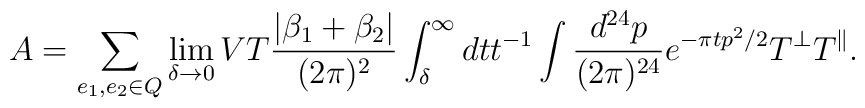
A=\sum_{e_1,e_2\in Q} \lim_{\delta\rightarrow 0}VT {|\beta_1 +\beta_2|\over (2\pi)^2}\int_\delta^\infty dt t^{-1} \int{d^{24}p\over (2\pi)^{24}} e^{-\pi t p^2/2} T^{\perp} T^{\parallel}.